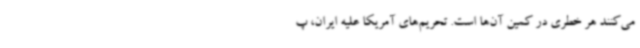
می‌کنند هر خطری در کمین آن‌ها است. تحریم‌های آمریکا علیه ایران، پ